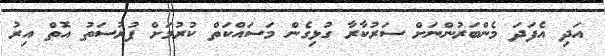
އަދި އެފަދަ މެންބަރުންނަށް ސަރުކާރާ ގުޅިގެން މަސައްކަތް ކުރުމަށް ފުރުސަތު އޮތް އިރު